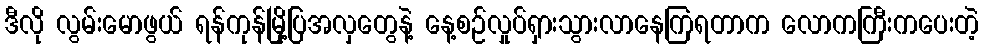
ဒီလို လွမ်းမောဖွယ် ရန်ကုန်မြို့ပြအလှတွေနဲ့ နေ့စဉ်လှုပ်ရှားသွားလာနေကြရတာက လောကကြီးကပေးတဲ့